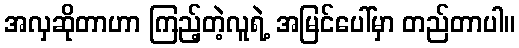
အလှဆိုတာဟာ ကြည့်တဲ့လူရဲ့ အမြင်ပေါ်မှာ တည်တာပါ။